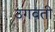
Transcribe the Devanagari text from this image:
उगवती